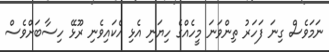
ނަމަވެސް ގިނަ ފަހަރު ތިންވަނަ މީހެއްގެ ހިޔަނި އެޅި އެކައިވެނި ރޫޅޭ ހިސާބަށްވެސް